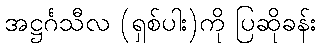
အဋ္ဌင်္ဂသီလ (ရှစ်ပါး)ကို ပြဆိုခန်း